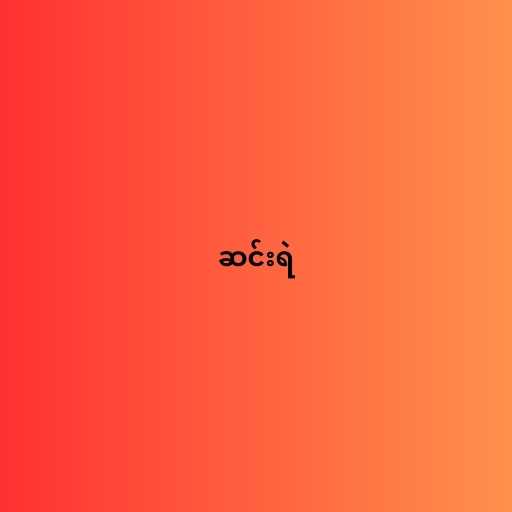
ဆင်းရဲ